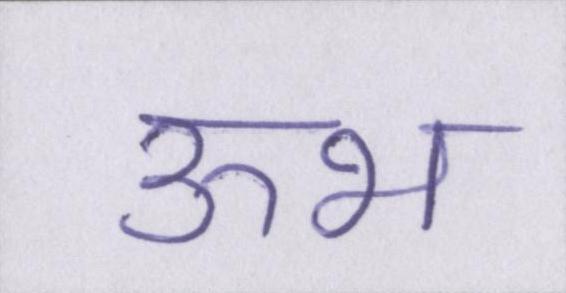
ऊभ